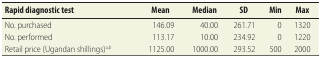
| Rapid diagnostic test | Mean | Median | SD | Min | Max |
 | --- | --- | --- | --- | --- | --- |
 | No. purchased | 146.09 | 40.00 | 261.71 | 0 | 1320 |
 | No. performed | 113.17 | 10.00 | 234.92 | 0 | 1220 |
 | Retail price (Ugandan shillings)a,b | 1125.00 | 1000.00 | 293.52 | 500 | 2000 |